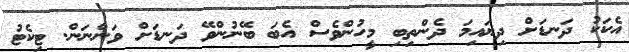
އެކަކު ދަނޑަށް ދިޔައިމަ ދެންތިބި މީހުންވެސް އެބަ ބޭނުންވޭ ދަނޑަށް ވަންނަން. ޓިކެޓު